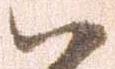
ハ